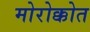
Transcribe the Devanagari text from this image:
मोरोक्कोत